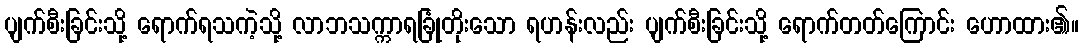
ပျက်စီးခြင်းသို့ ရောက်ရသကဲ့သို့ လာဘသက္ကာရခြုံတိုးသော ရဟန်းလည်း ပျက်စီးခြင်းသို့ ရောက်တတ်ကြောင်း ဟောထား၏။